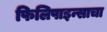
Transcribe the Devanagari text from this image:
फिलिपाइन्साचा